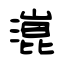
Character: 潉